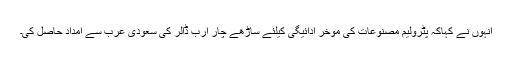
انہوں نے کہاکہ پٹرولیم مصنوعات کی مؤخر ادائیگی کیلئے ساڑھے چار ارب ڈالر کی سعودی عرب سے امداد حاصل کی۔